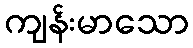
ကျန်းမာသော